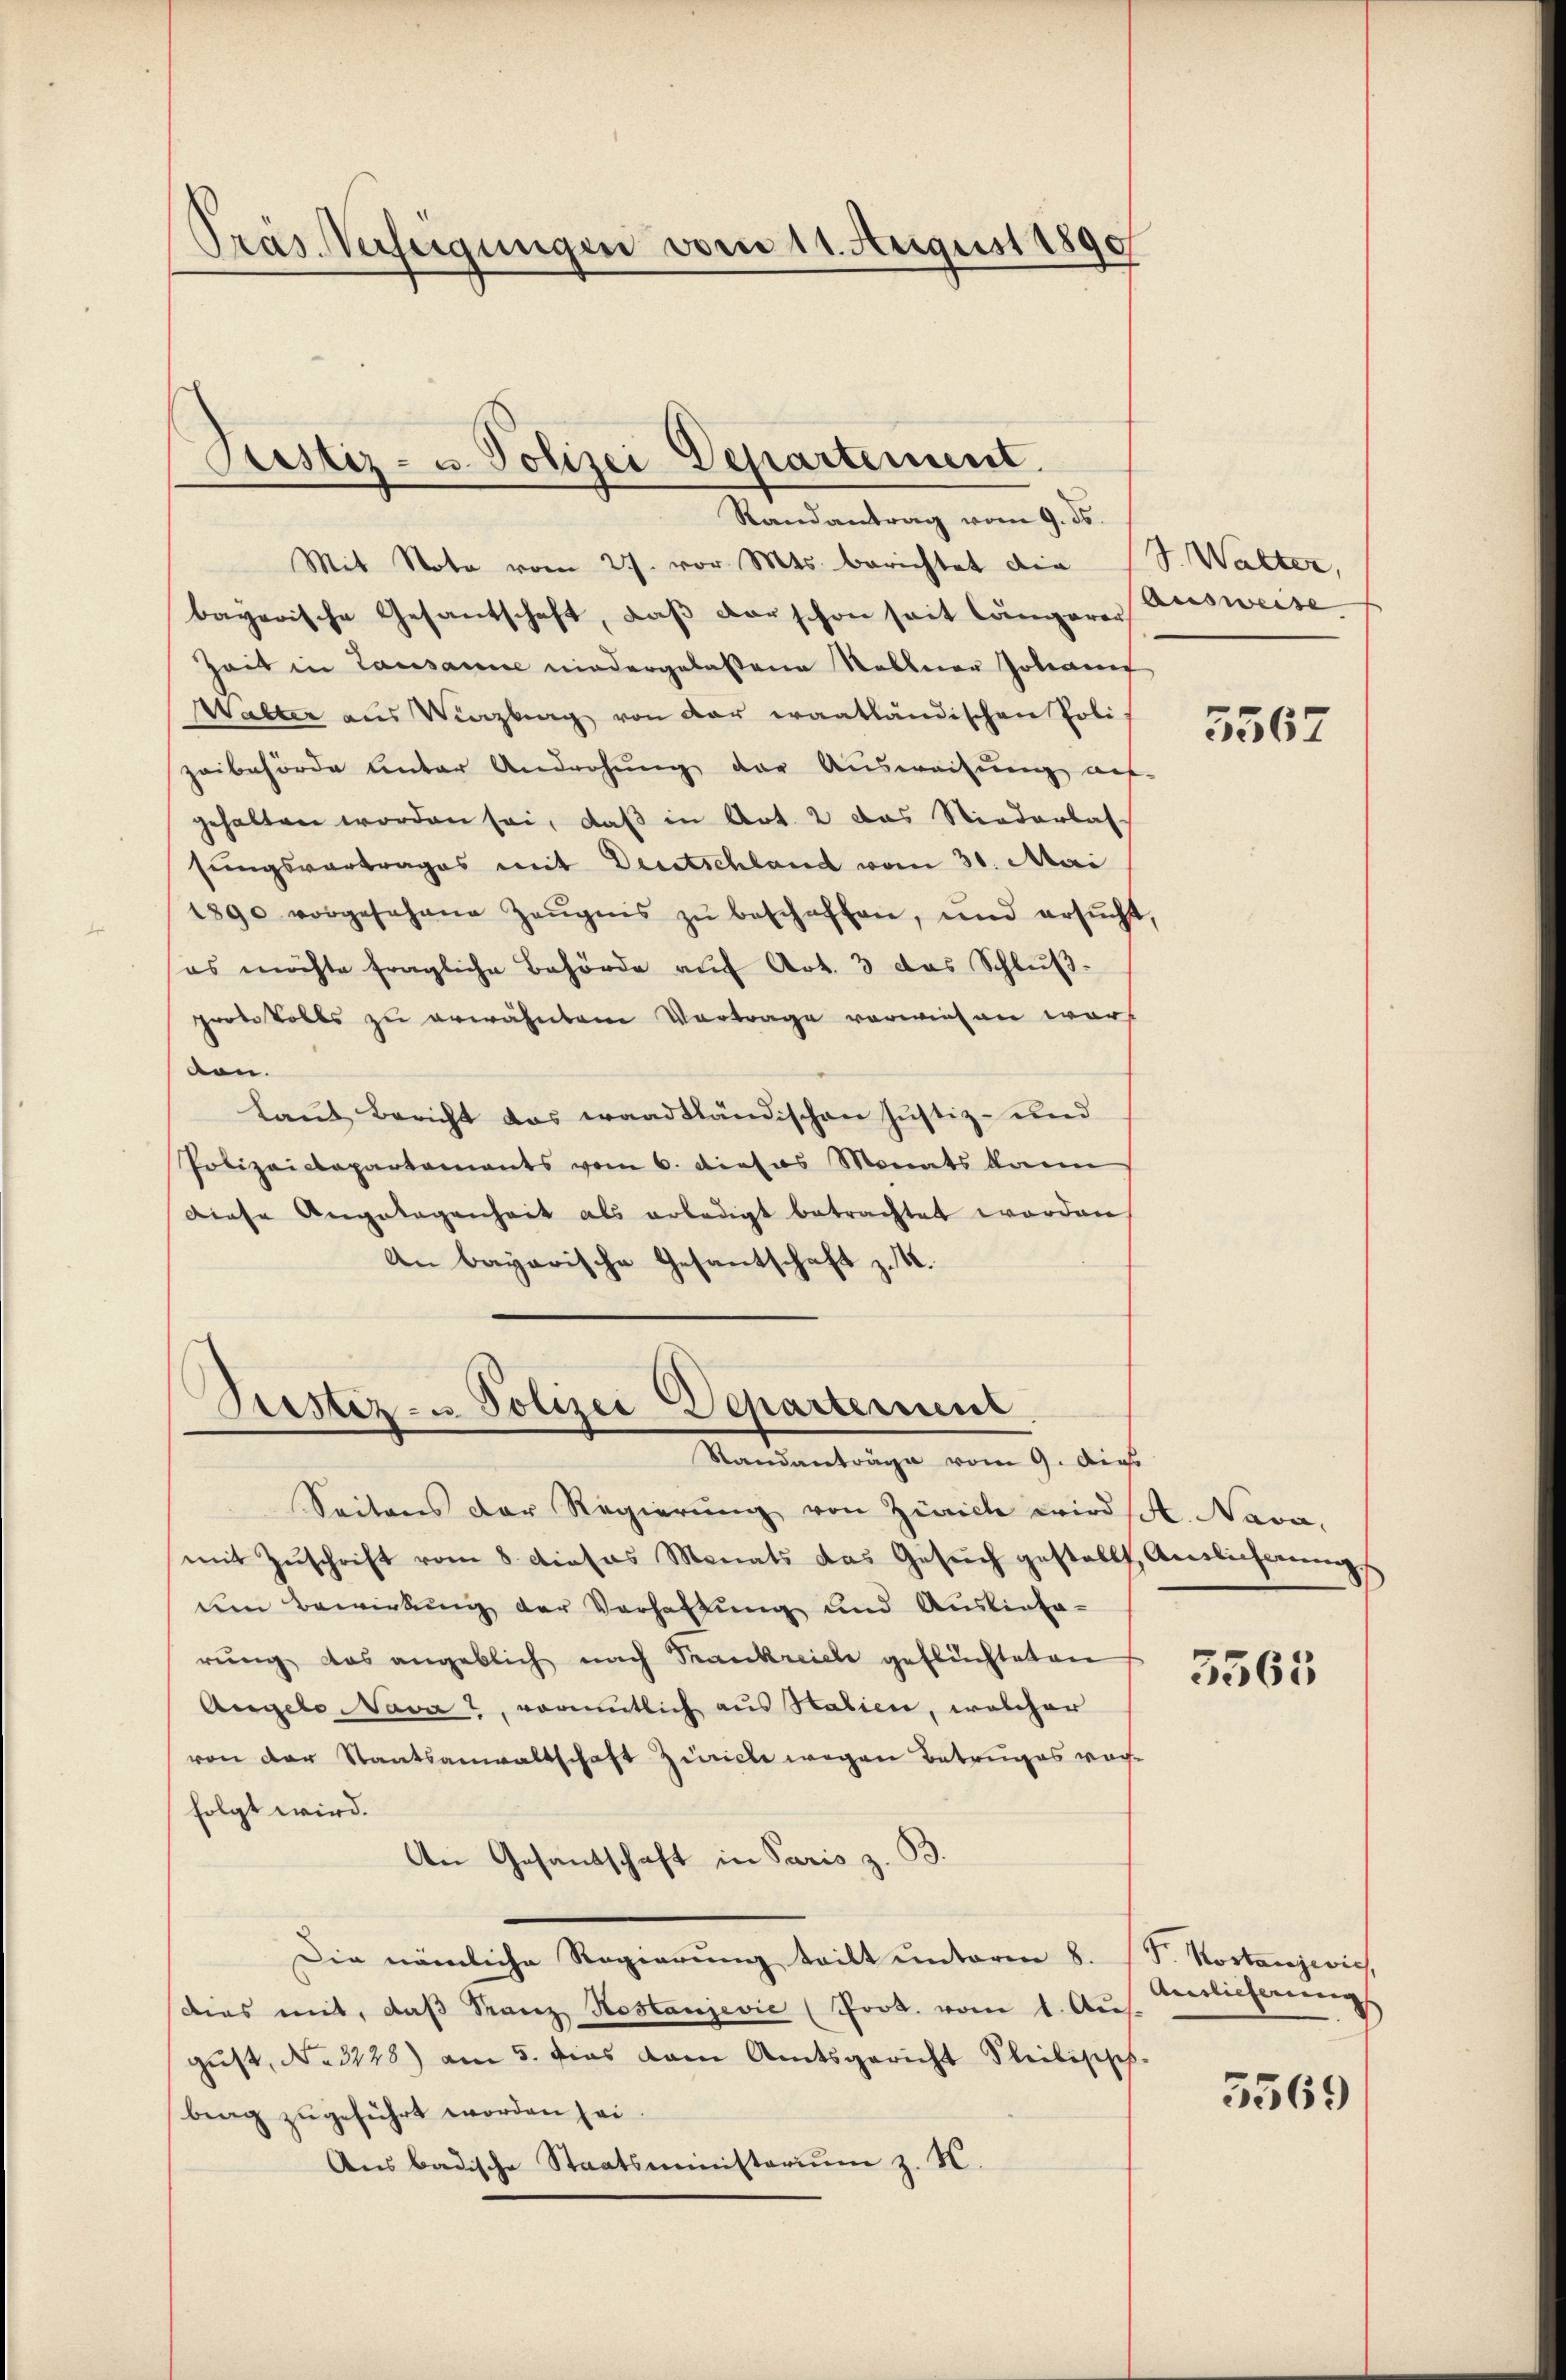
Präs. Verfeigungen vom 11. August 1890

Justiz- u. Polizei Departement

Randantrag vom 9. ds.
Mit Note vom 27. vor. Mts. berichtet die (S. Walter,
bayerische Gesantschaft, daß der schon seit längerer Ausweise
Zeit in Lausanne niedergelassene Stallerer Johannes
Walter aus Vinzburg von der erantländischen Poli
zeibehörde unter Androhung der Ausweisung auf-
gehalten worden sei, daβ in Art. 2 das Niederlas
sungsvortrages mit Deutschland vom 31. Mai
1890 vorgesehene Zeŭgnis zŭ beschaffen, und ersŭcht,
es möchte fragliche Behörde aŭf Art. 3 das Schlŭβ-
protokolls zu erwähnten Vortrage vorwiesen wars
den.
Laut Bericht das waadtländischen Justiz- und
Pobizaiclapartements vom 6. dieses Monats kann
Diese Angelegenheit als erledigt betrachtet worden
An bayarische Gesantschaft z. B.

Prestiz- u. Polizei Departement
Standanträge vom 9. dies

Seitens der Regierŭng von Zürich wird sel. Nava,
mit Zŭschrift vom 8. dieses Monats das Gesŭch gestellt, Antlicherungs
den Bewirkŭng der Verhaltŭng und Ausliefe-
rŭng das angeblich nach Frankreiche geflüchteten
Angelo Nava, romentlich aus Statien, welcher
von der Staatsanwaltschaft Zürich wegen Betruges vorfolgt wird.
An Gesandtschaft in Paris z. B.
Die nämliche Regierung tritt unterm 8. (T. Kostanzeich,
dies mit, daβ Franz Hostanjević (Pros. vom 1. Aus
gust, No. 3128) am 5. dies vom Amtsgericht bleibisisch-
brag zugeführt worden sei.
Aus badische Staatsministerium z. K.

3567

3565

Auslieferung

5569